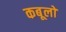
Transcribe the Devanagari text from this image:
कबूलो